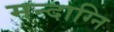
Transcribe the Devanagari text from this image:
मन्‍दाग्नि